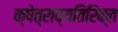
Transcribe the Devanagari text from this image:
क्षेत्राव्यतिरिक्त